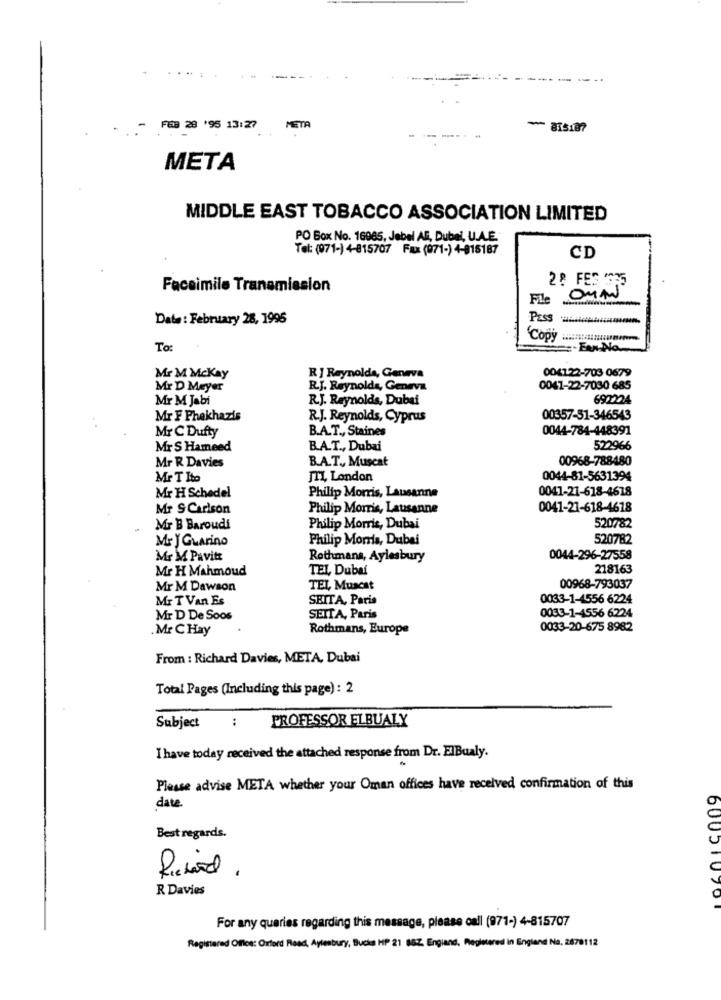
....
- FEB 28 '95 13:27
META
- 815187
--
META
MIDDLE EAST TOBACCO ASSOCIATION LIMITED
PO Box No. 16965, Jebel AF, Dubel, U.A.E.
Tel:(971-) 4-815707 Fax (071-) 4-915187
CD
2? FES 35
Facsimile Transmission
File
OMM
Date : February 28, 1995
Pass
Copy
To:
-Een Na-
004122-703 0679
Mr M Mckay
R ] Reynolda, Geneva
Mr D Meyer
R.J. Reynolds, Geneva
0041-22-7030 685
Mr M Jabi
R.J. Reynolds, Dubai
692224
Mr F Phekhazis
R.J. Reynolds, Cyprus
00357-51-346543
B.A.T ., Staines
0044-784-448391
Mr C Dufty
Mr S Hameed
BA.T ., Dubai
522966
Mr R Davies
B.A.T ., Muscat
00968-788480
Mr T Ito
JTI, London
0044-81-5631394
0041-21-618-4618
Mr H Schedel
Philip Morris, Lausanne
Mr SCarlson
Philip Morris, Lausanne
0041-21-618-4618
520782
Mr B Baroudi
Philip Morris, Dubai
Mr J Guarino
Philip Morris, Dubai
520782
Mr M Pavitt
Rothmans, Aylesbury
0044-296-27558
Mr H Mahmoud
TEL Dubai
218163
Mr M Dawson
TEL, Muscat
00968-793037
Mr T Van Es
SEITA, Paris
0033-1-4556 6224
0033-1-4556 6224
Mr D De Soos
SEITA, Paris
.Mr C Hay
Rothmans, Europe
0033-20-675 8982
From : Richard Davies, META, Dubai
Total Pages (Including this page) : 2
Subject : PROFESSOR ELBUALY
I have today received the attached response from Dr. ElBualy.
Please advise META whether your Oman offices have received confirmation of this
date
Best regards.
R Davies
600510701
For any queries regarding this message, please call (971-) 4-815707
Registered Ofice: Oxford Road, Aylesbury, Bucka HP 21 68Z, England, Registered in England No. 2870112